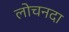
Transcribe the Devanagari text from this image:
लोचनदा